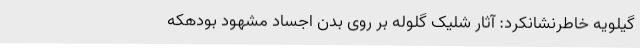
گیلویه خاطرنشانکرد: آثار شلیک گلوله بر روی بدن اجساد مشهود بودهکه